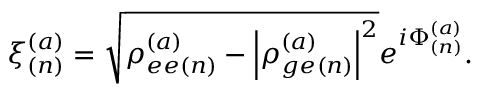
\xi _ { ( n ) } ^ { ( a ) } = \sqrt { \rho _ { e e ( n ) } ^ { ( a ) } - \left| \rho _ { g e ( n ) } ^ { ( a ) } \right| ^ { 2 } } e ^ { i \Phi _ { ( n ) } ^ { ( a ) } } .